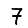
Digit: 7